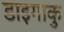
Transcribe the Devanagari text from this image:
डाइगाकु